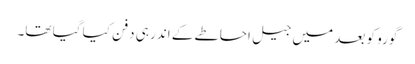
گورو کو بعد میں جیل احاطے کے اندر ہی دفن کیا گیا تھا۔